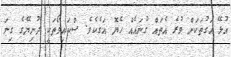
އުޅޭ އަގުތަކަށް ވުރެ އެތައް ގުނައެއް ހެޔޮ އަގެކެވެ. ސްކައިވޯތަކީ ދުނިޔޭގެ ގިނަ